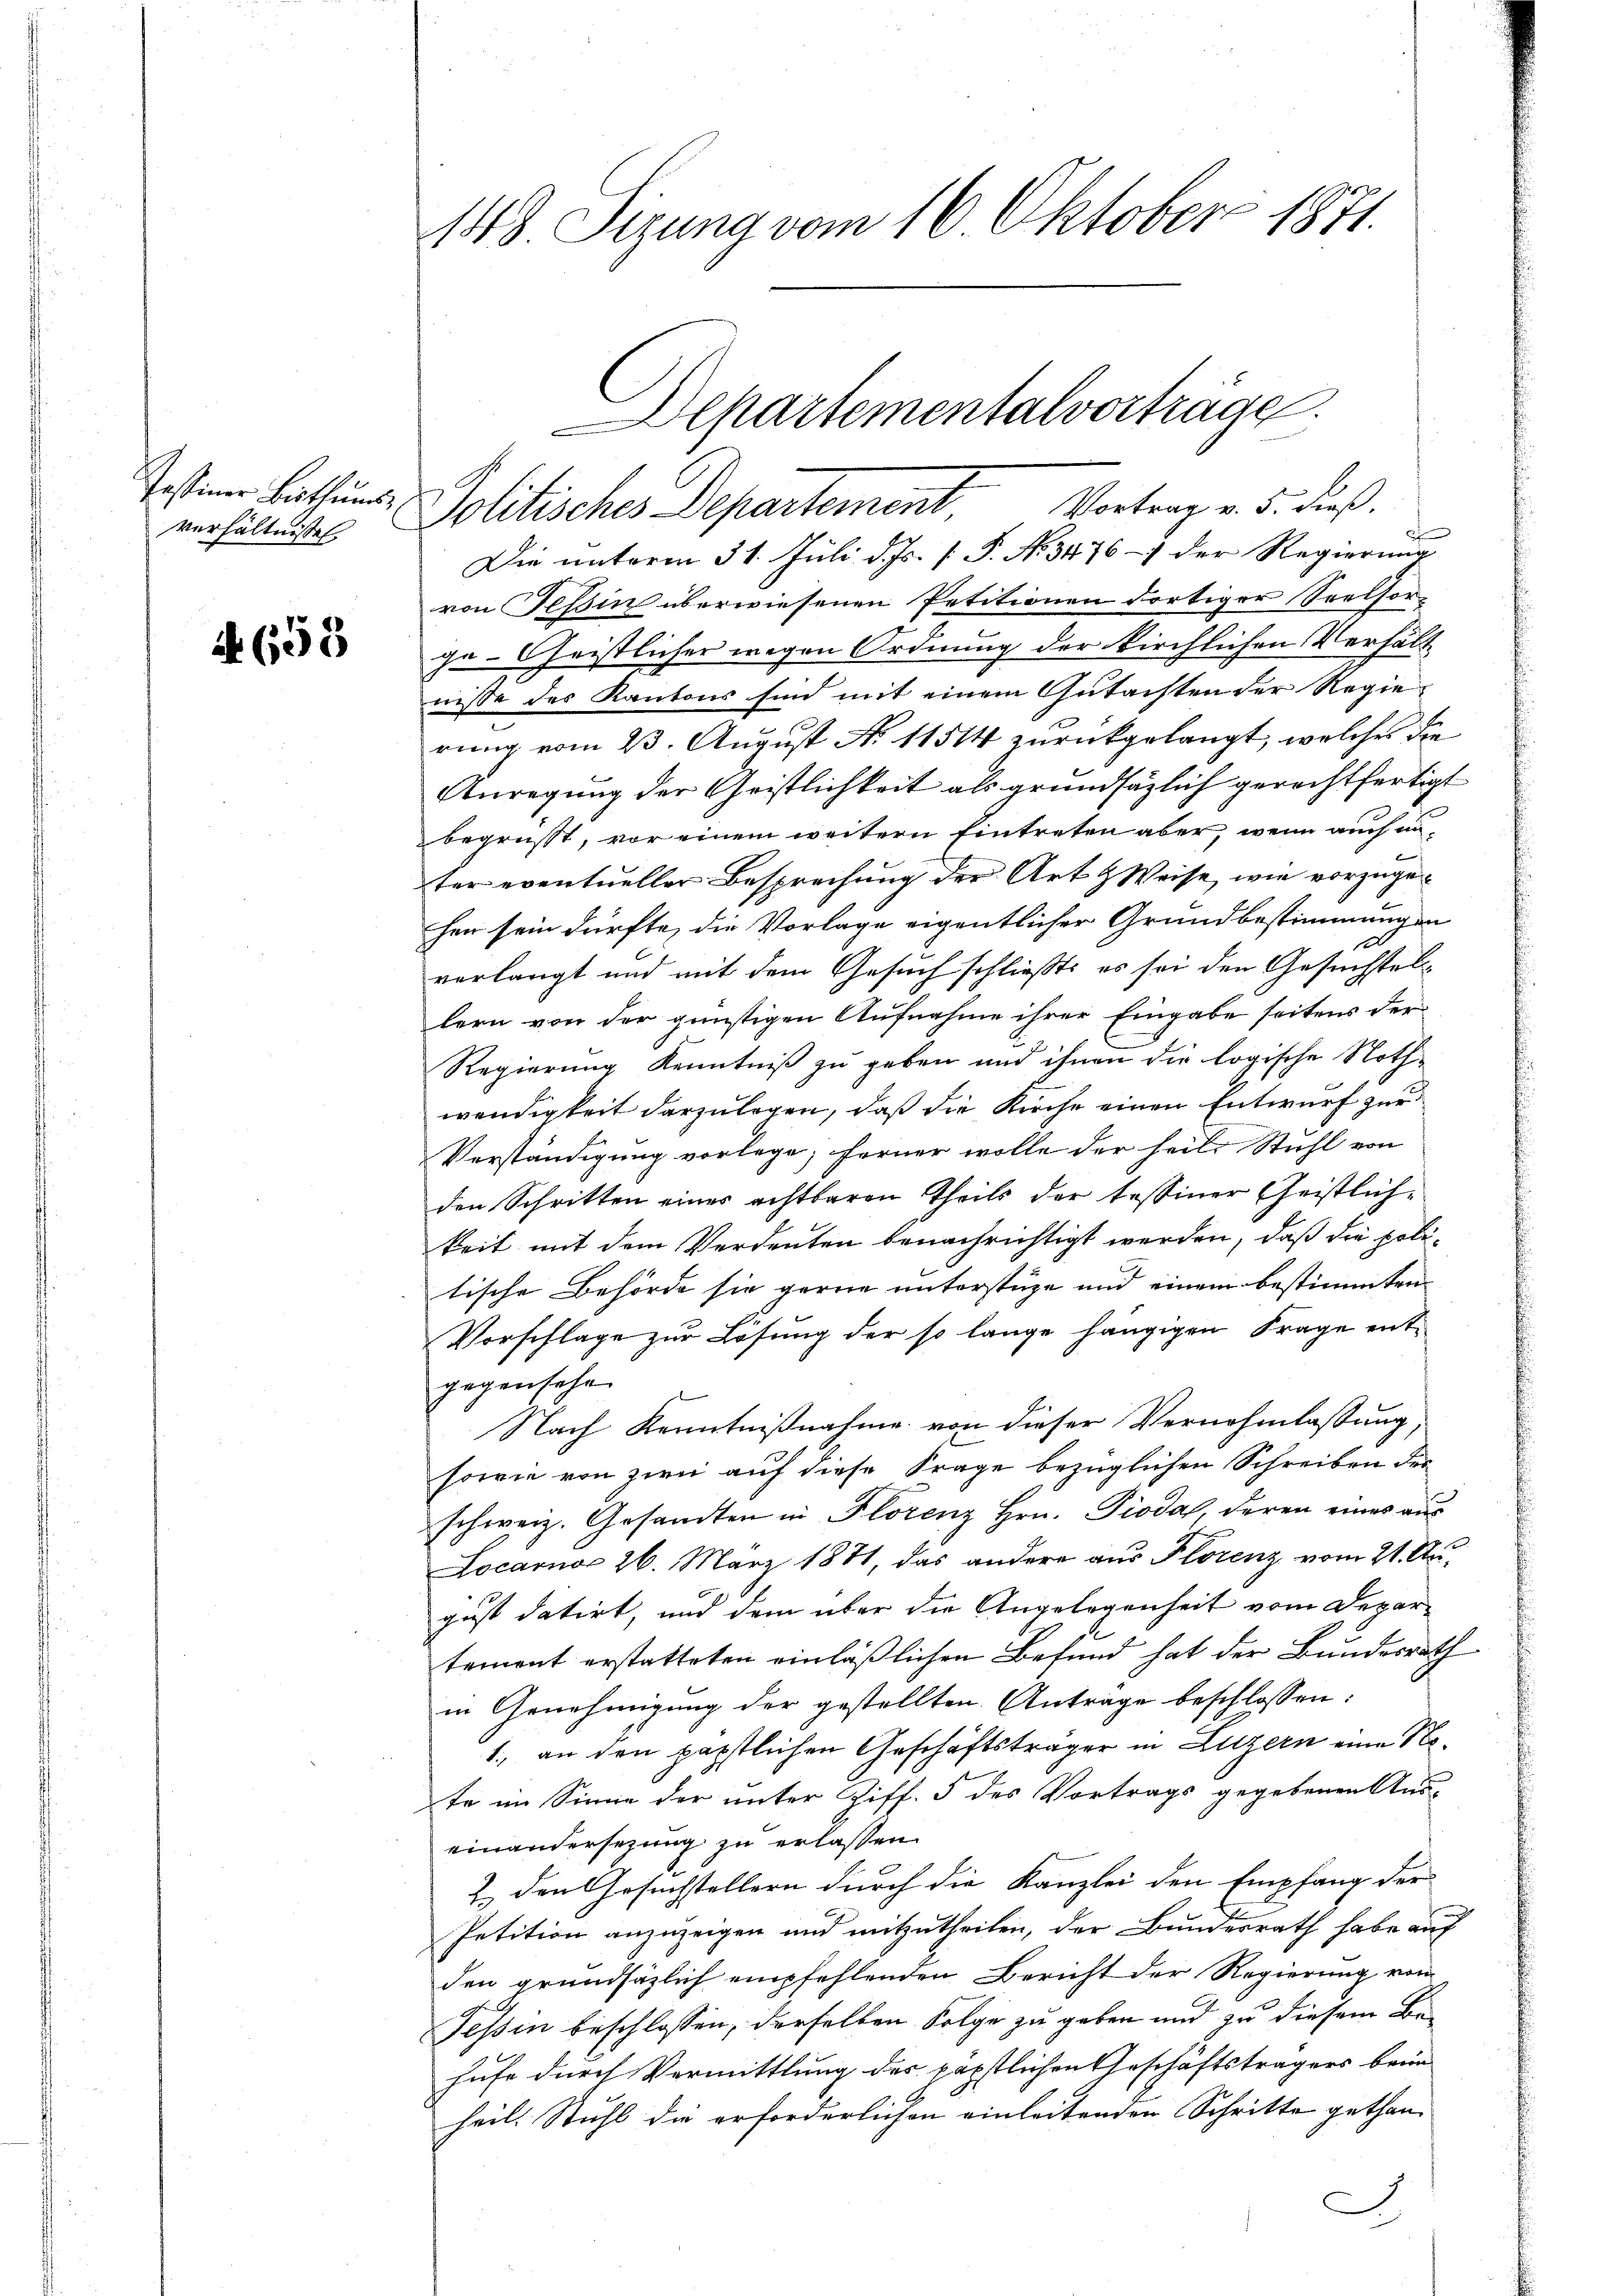
Testiner Bisthums
verhältnisses

A. 655

148 Sizung vom 16. Oktober 1871.

Die unterm 31. Juli d. Js. [ P. No 3476 - der Regierung
von Tessin überwiesenen Petitionen dortiger Seelsor-
ge-Christlicher wegen Ordnung der kirchlichen Verhält
nisse des Kantons sind mit einem Gutachten der Regierung vom 23. August N. 11514 zurückgelangt, welches die
Anregung der Geistlichkeit als grundsätzlich gerechtfertigt
begrüsst, vor einem weitern Eintreten aber, wenn auch unter eventueller Besprechung der Art & Weise, wie vorzugehen sein dürfte, die Vorlage eigentlicher Grundbestimmungen
x
verlangt und mit dem Gesuch schließt, es sei den Gesuchstelllern von der günstigen Aufnahme ihrer Eingabe seitens der
Regierung Kenntniß zu geben und ihnen die logische Nothwendigkeit darzulegen, daß die Kirche einen Entwurf zur
Verständigung vorlege; ferner wolle der heile Stuhl von
den Schritten eines achtbaren Theils der tessiner Geistlichkeit mit dem Verdeuten benachrichtigt werden, daß die politische Behörde sie gerne unterstüze und einem bestimmten
Vorschlage zur Lösung der so lange hängigen Frage entgegensehe
.
Nach Kenntnißnahme von dieser Vernehmlassung,
sowie von zwen auf diese Frage bezüglichen Schreiben der
schweiz. Gesandten in Florenz Hrn. Pioda, deren eines aus
Locarno 26. März 1871, das andere aus Florenz vom 21. August datirt, und dem über die Angelegenheit vom Depar
tement erstatteten einläßlichen Befund hat der Bundesrath
in Genehmigung der gestellten Antrage beschlossen:
1., an den päpstlichen Geschäftsträger in Luzern eine Nete im Sinne der unter Ziff. 5 des Vortrags gegebenen Aus-
einandersezung zu erlassen.
2.) den Gesuchstellern durch die Kanzlei den Empfang der
Petition anzuzeigen und mitzutheilen, der Bundesrath habe auf
den grundsäzlich empfehlenden Bericht der Regierung vom
Tessin beschlossen, derselben Folge zu geben und zu diesem Behufe durch Vermittlung des päpstlichen Geschäftsträgers beim
heil. Stuhl die erforderlichen einleitenden Schritte gethan

epartementalvorträge.
Politisches Departement Vortrag v. 5. dieß.